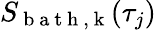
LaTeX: S_{\mathrm{~b~a~t~h~,~k~}}(\tau_{j})